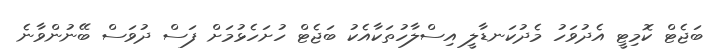
ބަޖެޓް ކޮމިޓީ އެދުވަހު މެދުކަނޑާލީ އިސްލާހުތަކާއެކު ބަޖެޓް ހުށަހެޅުމަށް ފަސް ދުވަސް ބޭނުންވާނެ